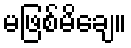
မဖြစ်မိချေ။